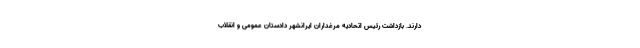
دارند. بازداشت رئیس اتحادیه مرغداران ایرانشهر دادستان عمومی و انقلاب